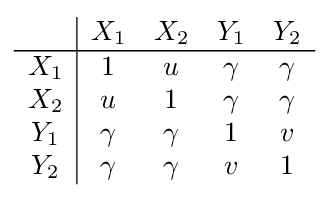
{\begin{array}{c|cccc}&X_{1}&X_{2}&Y_{1}&Y_{2}\\\hline X_{1}&1&u&\gamma &\gamma \\X_{2}&u&1&\gamma &\gamma \\Y_{1}&\gamma &\gamma &1&v\\Y_{2}&\gamma &\gamma &v&1\\\end{array}}